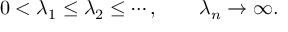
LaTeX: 0 < \lambda _ { 1 } \leq \lambda _ { 2 } \leq \cdots , \qquad \lambda _ { n } \to \infty .